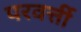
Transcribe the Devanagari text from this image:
परवर्त्ती